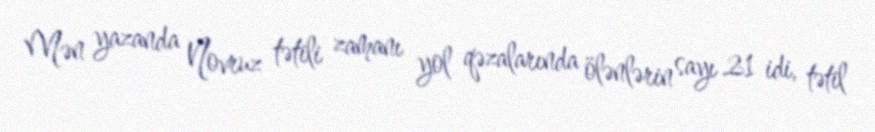
Mən yazanda Novruz tətili zamanı yol qəzalarında ölənlərin sayı 21 idi, tətil